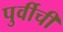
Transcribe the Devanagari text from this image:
पुर्वीची